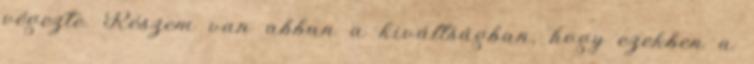
végezte. Részem van abban a kiváltságban, hogy ezekben a